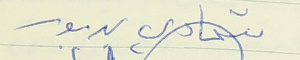
شحادي بربور